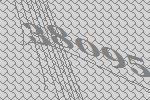
38095